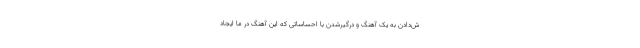
ش‌دادن به یک آهنگ و درگیرشدن با احساساتی که این آهنگ در ما ایجاد